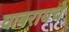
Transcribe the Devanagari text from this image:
घाबरायचे